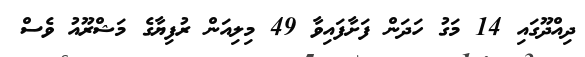
ދިއްދޫގައި 14 މަގު ހަދަން ފަށާފައިވާ 49 މިލިއަން ރުފިޔާގެ މަޝްރޫއު ވެސް